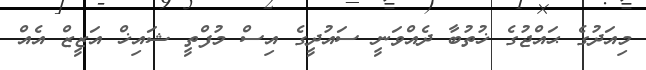
މިއަދުގެ ޙައްޖުގެ ޚުތުބާ ދެއްވަނީ ސައުދީގެ އިސް މުފްތީ ޝައިޚް އަޒީޒް އެއް